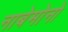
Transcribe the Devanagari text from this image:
नाबेमोनो